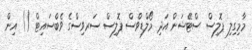
މާމިގިލި ޕޮލިސް ސްޓޭޝަން އަދި މޯލްޑިވްސް ޕޮލިސް ސަރވިސްގެ ވެބްސައިޓް () އިން